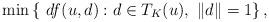
LaTeX: \begin{align*}\min \left\{ \ df(u,d) : d\in T_K(u), \ \|d\|=1 \right\},\end{align*}